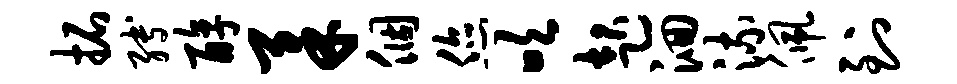
拓缚醇柔个您吹起洄流佩到